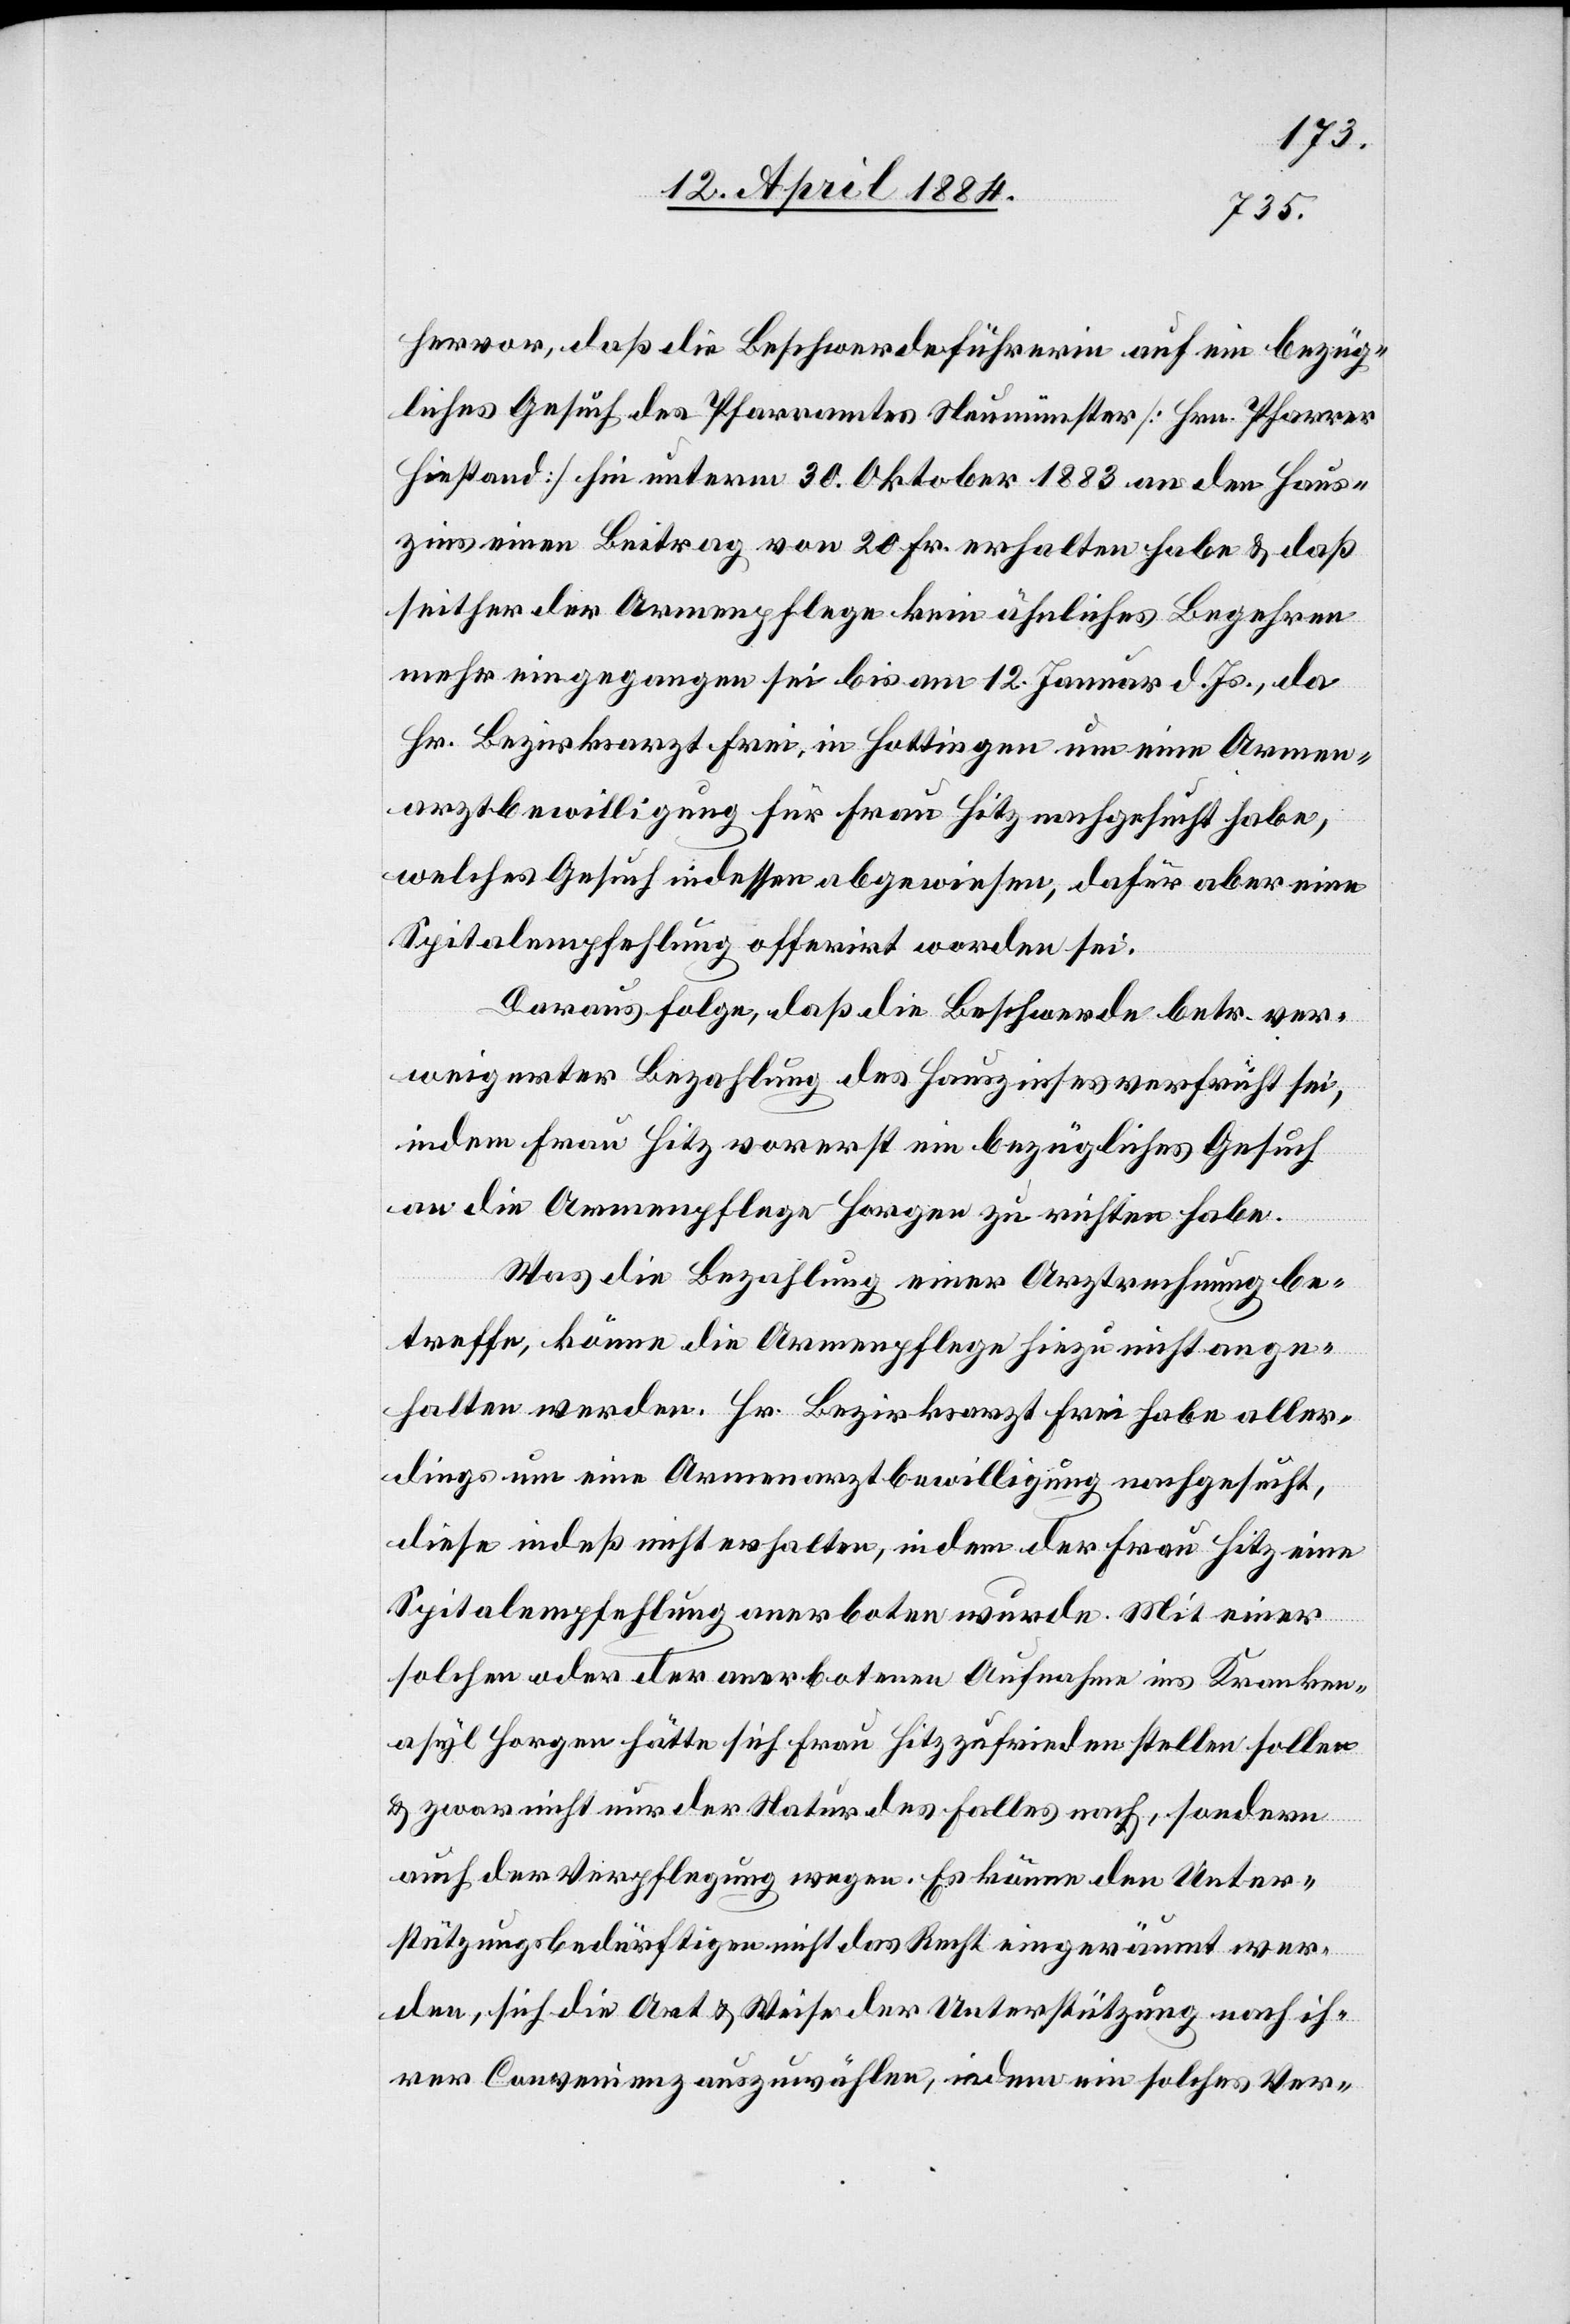
hervor, daß die Beschwerdeführerin auf ein bezüg¬
liches Gesuch des Pfarramtes Neumünster [Hrn. Pfarrer
Hiestand] hin unterm 30. Oktober 1883 an den Haus¬
zins einen Beitrag von 20 Fr. erhalten habe & daß
seither der Armenpflege kein ähnliches Begehren
mehr eingegangen sei bis am 12. Januar d. Js. da
Hr. Bezirksarzt Frei, in Hottingen um eine Armen¬
arztbewilligung für Frau Hitz nachgesucht habe,
welches Gesuch indessen abgewiesen, dafür aber eine
Spitalempfehlung offerirt worden sei.
Daraus folge, daß die Beschwerde betr. ver¬
weigerter Bezahlung des Hauszinses verfrüht sei,
indem Frau Hitz vorerst ein bezügliches Gesuch
an die Armenpflege Horgen zu richten habe.
Was die Bezahlung einer Arztrechnung be¬
treffe, könne die Armenpflege hiezu nicht ange¬
halten werden. Hr. Bezirksrath Frei habe aller¬
dings um eine Armenarztbewilligung nachgesucht,
diese indeß nicht erhalten, in dem der Frau Hitz eine
Spitalempfehlung anerboten wurde. Mit einer
solchen oder der anerbotenen Aufnahme ins Kranken¬
asyl Horgen hätte sich Frau Hitz zufrieden stellen sollen
& zwar nicht nur der Natur des Falles nach, sondern
auch der Verpflegung wegen. Es könne der Unter¬
stützungsbedürftigen nicht das Recht eingeräumt wer¬
den, sich die Art & Weise der Unterstützung nach ih¬
rer Convenienz auszuwählen, indem ein solches Ver-